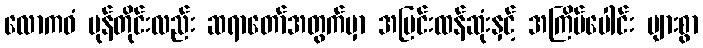
လောကဓံ မုန်တိုင်းလည်း ဆရာတော်အတွက်မှာ အပြင်းထန်ဆုံးနှင့် အကြိမ်ပေါင်း များစွာ